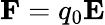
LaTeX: \mathbf{F}=q_{0}\mathbf{E}